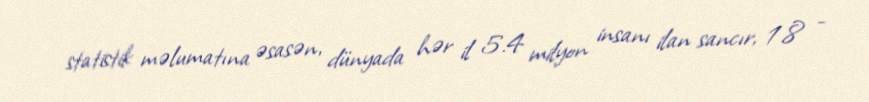
statistik məlumatına əsasən, dünyada hər il 5.4 milyon insanı ilan sancır, 1.8 -